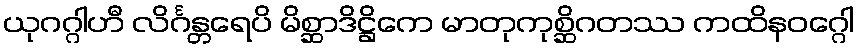
ယုဂဂ္ဂါဟီ လိင်္ဂန္တရေပိ မိစ္ဆာဒိဋ္ဌိကေ မာတုကုစ္ဆိဂတဿ ကထိနဝဂ္ဂေါ